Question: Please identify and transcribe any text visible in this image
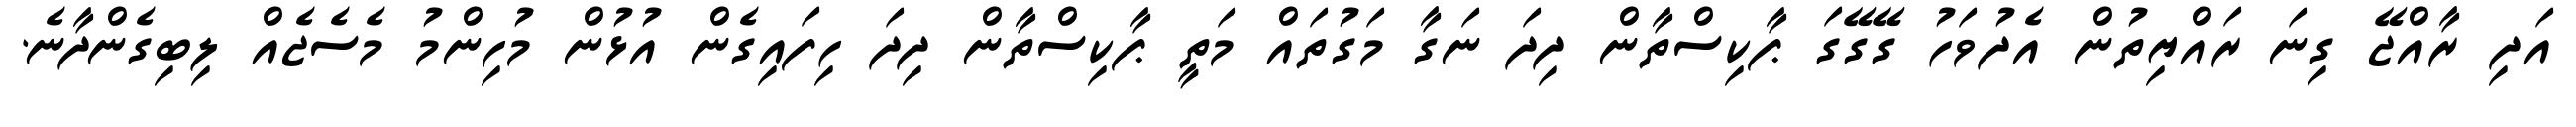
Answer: އަދި ރާއްޖޭ ގިނަ ރައްޔިތުން އެދުވަހު ގޭގޭގަ ޕާކިސްތާން ދިދަ ނަގާ މަގުތައް މަތީ ޕާކިސްތާން ދިދަ ހިފައިގެން އުޅުން މުހިންމު މެސެޖެއް ލިބިގެންދާނެ.